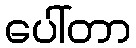
ပေါ်တာ